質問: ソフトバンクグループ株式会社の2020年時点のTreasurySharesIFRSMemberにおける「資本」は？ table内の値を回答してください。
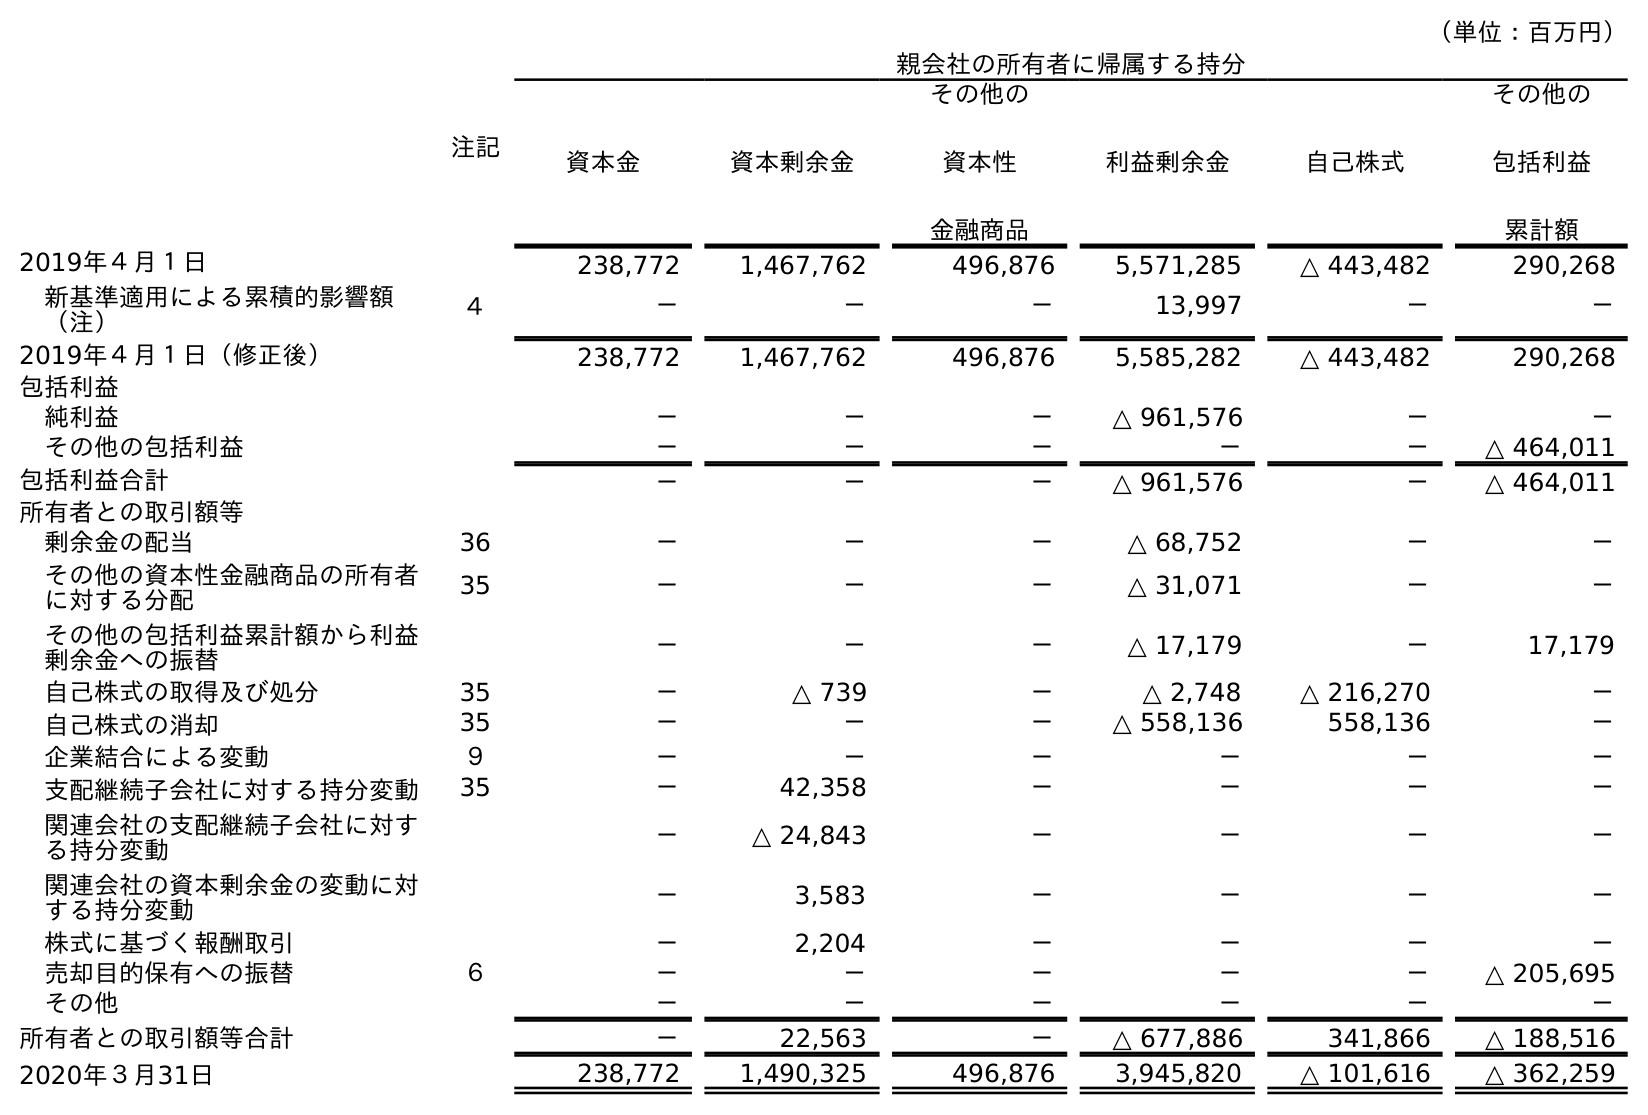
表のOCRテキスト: （単位：百万円） 注記 親会社の所有者に帰属する持分 資本金 資本剰余金 その他の 資本性 金融商品 利益剰余金 自己株式 その他の 包括利益 累計額 2019年４月１日 238,772 1,467,762 496,876 5,571,285 △ 443,482 290,268 新基準適用による累積的影響額 （注） ４ － － － 13,997 － － 2019年４月１日（修正後） 238,772 1,467,762 496,876 5,585,282 △ 443,482 290,268 包括利益 純利益 － － － △ 961,576 － － その他の包括利益 － － － － － △ 464,011 包括利益合計 － － － △ 961,576 － △ 464,011 所有者との取引額等 剰余金の配当 36 － － － △ 68,752 － － その他の資本性金融商品の所有者 に対する分配 35 － － － △ 31,071 － － その他の包括利益累計額から利益 剰余金への振替 － － － △ 17,179 － 17,179 自己株式の取得及び処分 35 － △ 739 － △ 2,748 △ 216,270 － 自己株式の消却 35 － － － △ 558,136 558,136 － 企業結合による変動 ９ － － － － － － 支配継続子会社に対する持分変動 35 － 42,358 － － － － 関連会社の支配継続子会社に対す る持分変動 － △ 24,843 － － － － 関連会社の資本剰余金の変動に対 する持分変動 － 3,583 － － － － 株式に基づく報酬取引 － 2,204 － － － － 売却目的保有への振替 ６ － － － － － △ 205,695 その他 － － － － － － 所有者との取引額等合計 － 22,563 － △ 677,886 341,866 △ 188,516 2020年３月31日 238,772 1,490,325 496,876 3,945,820 △ 101,616 △ 362,259
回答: △101,616